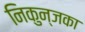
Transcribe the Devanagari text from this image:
निकुन्जका